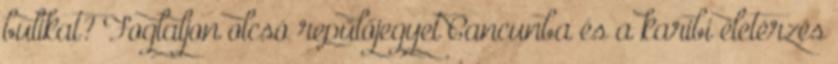
bulikat? Foglaljon olcsó repülőjegyet Cancunba és a karibi életérzés